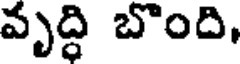
వృద్ధి బొంది,